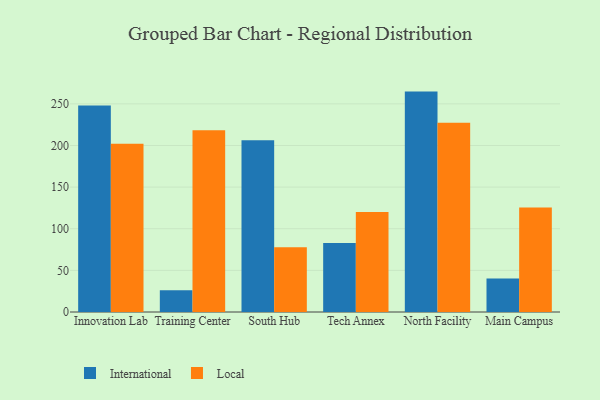
{"axis": {"x": "Campus", "y": "Shipments"}, "legend": ["International", "Local"], "data": [{"x": "Innovation Lab", "y": 248.0, "type": "International"}, {"x": "Innovation Lab", "y": 202.2, "type": "Local"}, {"x": "Training Center", "y": 26.0, "type": "International"}, {"x": "Training Center", "y": 218.4, "type": "Local"}, {"x": "South Hub", "y": 206.2, "type": "International"}, {"x": "South Hub", "y": 77.7, "type": "Local"}, {"x": "Tech Annex", "y": 83.0, "type": "International"}, {"x": "Tech Annex", "y": 120.0, "type": "Local"}, {"x": "North Facility", "y": 264.7, "type": "International"}, {"x": "North Facility", "y": 227.3, "type": "Local"}, {"x": "Main Campus", "y": 40.3, "type": "International"}, {"x": "Main Campus", "y": 125.4, "type": "Local"}]}